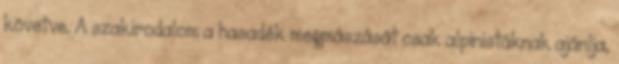
követve. A szakirodalom a hasadék megmászását csak alpinistáknak ajánlja,